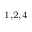
^ { 1 , 2 , 4 }